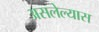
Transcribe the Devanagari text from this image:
असलेल्यास